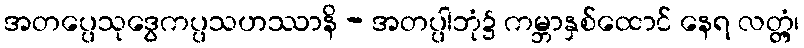
အတပ္ပေသုဒွေကပ္ပသဟဿာနိ - အတပ္ပါဘုံ၌ ကမ္ဘာနှစ်ထောင် နေရ လတ္တံ့၊